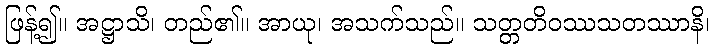
ဖြန့်၍။ အဋ္ဌာသိ၊ တည်၏။ အာယု၊ အသက်သည်။ သတ္တတိဝဿသတဿာနိ၊